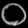
Digit: ၀